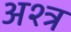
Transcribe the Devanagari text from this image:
अश्त्र